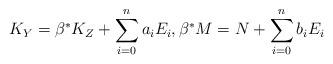
LaTeX: \begin{align*} K_{Y}=\beta^*K_Z+\sum_{i=0}^{n}a_i E_i, \beta^*M = N+\sum_{i=0}^{n}b_i E_i\end{align*}